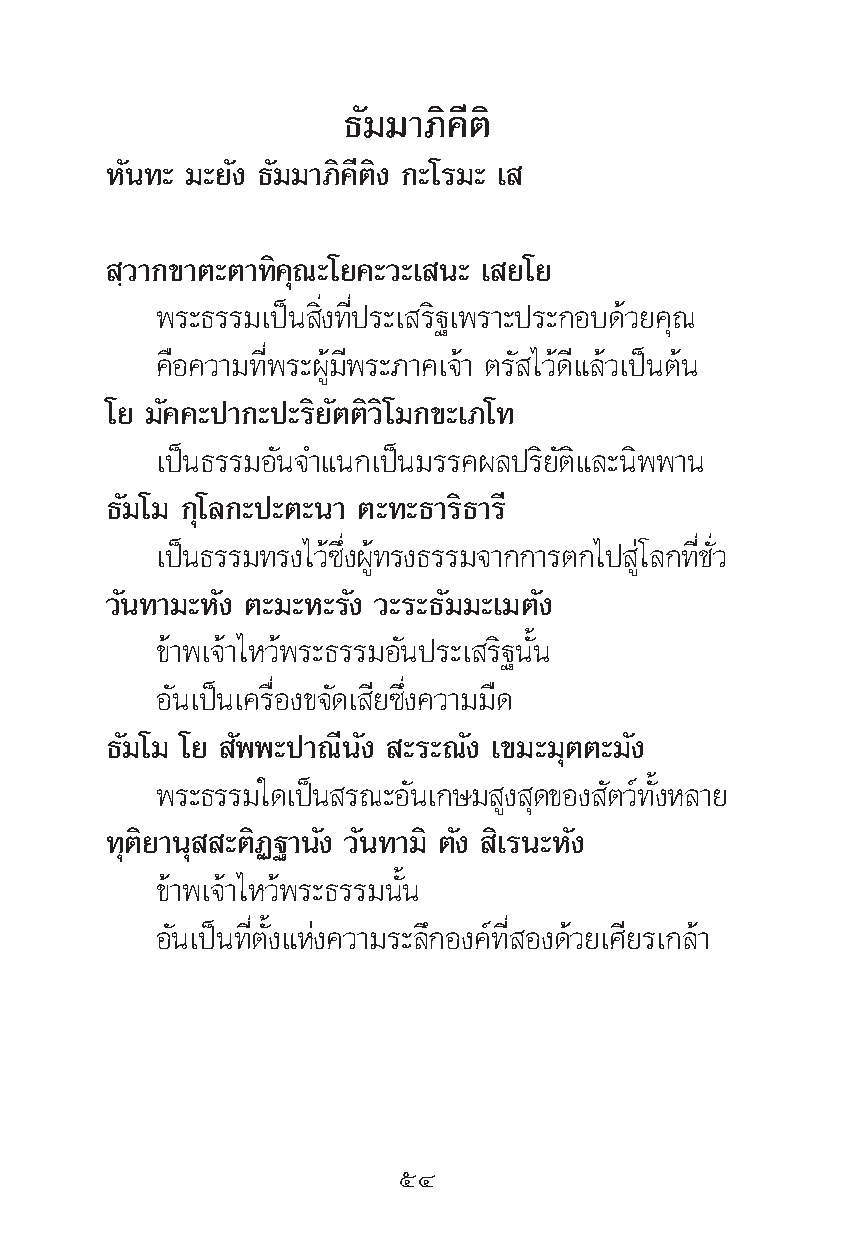
∏—¡¡“¿‘§’μ‘
 À—π∑– ¡–¬—ß ∏—¡¡“¿‘§’μ‘ß °–‚√¡– ‡
 ⁄«“°¢“μ–μ“∑‘§ÿ≥–‚¬§–«–‡ π– ‡ ¬‚¬
 æ√–∏√√¡‡ªìπ ‘Ëß∑’Ëª√–‡ √‘∞‡æ√“–ª√–°Õ∫¥â«¬§ÿ≥
 §◊Õ§«“¡∑’Ëæ√–ºŸâ¡’æ√–¿“§‡®â“ μ√— ‰«â¥’·≈â«‡ªìπμâπ
 ‚¬ ¡—§§–ª“°–ª–√‘¬—μμ‘«‘‚¡°¢–‡¿‚∑
 ‡ªìπ∏√√¡Õ—π®”·π°‡ªìπ¡√√§º≈ª√‘¬—μ‘·≈–π‘ææ“π
 ∏—¡‚¡ °ÿ‚≈°–ª–μ–π“ μ–∑–∏“√‘∏“√’
 ‡ªπì ∏√√¡∑√ß‰«´â ßË÷ º∑âŸ √ß∏√√¡®“°°“√μ°‰ª ‚àŸ ≈°∑™Ë’ «Ë—
 «—π∑“¡–À—ß μ–¡–À–√—ß «–√–∏—¡¡–‡¡μ—ß
 ¢â“æ‡®â“‰À«âæ√–∏√√¡Õ—πª√–‡ √‘∞π—Èπ
 Õ—π‡ªìπ‡§√◊ËÕß¢®—¥‡ ’¬´÷Ëß§«“¡¡◊¥
 ∏—¡‚¡ ‚¬ —ææ–ª“≥’π—ß –√–≥—ß ‡¢¡–¡ÿμμ–¡—ß
 æ√–∏√√¡„¥‡ªπì √≥–Õπ— ‡°…¡ ßŸ ¥ÿ ¢Õß μ— «∑å ß—È À≈“¬
 ∑ÿμ‘¬“πÿ –μ‘Ø∞“π—ß «—π∑“¡‘ μ—ß ‘‡√π–À—ß
 ¢â“æ‡®â“‰À«âæ√–∏√√¡π—Èπ
 Õ—π‡ªìπ∑’Ëμ—Èß·Ààß§«“¡√–≈÷°Õß§å∑’Ë Õß¥â«¬‡»’¬√‡°≈â“
 ıÙ